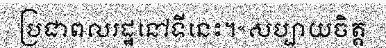
ប្រជាពលរដ្ឋនៅទីនេះ។«សប្បាយចិត្ត